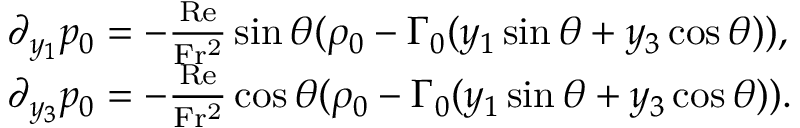
\begin{array} { r l } & { \partial _ { y _ { 1 } } p _ { 0 } = - \frac { \mathrm { R e } } { \mathrm { F r ^ { 2 } } } \sin \theta ( \rho _ { 0 } - \Gamma _ { 0 } ( y _ { 1 } \sin \theta + y _ { 3 } \cos \theta ) ) , } \\ & { \partial _ { y _ { 3 } } p _ { 0 } = - \frac { \mathrm { R e } } { \mathrm { F r ^ { 2 } } } \cos \theta ( \rho _ { 0 } - \Gamma _ { 0 } ( y _ { 1 } \sin \theta + y _ { 3 } \cos \theta ) ) . } \end{array}